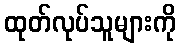
ထုတ်လုပ်သူများကို